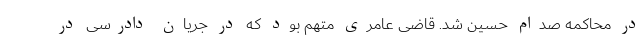
در محاکمه صدام حسین شد. قاضی عامری متهم بود که در جریان دادرسی در